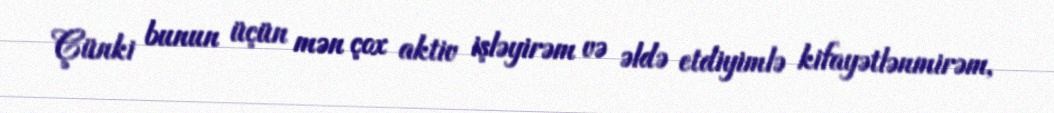
Çünki bunun üçün mən çox aktiv işləyirəm və əldə etdiyimlə kifayətlənmirəm,